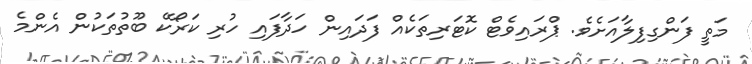
މަތީ ފަންގިފިލާއަށެވެ. ޕްރައިވެޓް ކޮޓަރިތަކެއް ފަދައިން ހަދާފައި ހުރި ކަރޯކޭ ބޫތުތަކުން އެންމެ